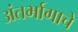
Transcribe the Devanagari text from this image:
अंतर्भागाचे